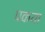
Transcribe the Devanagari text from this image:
पकया